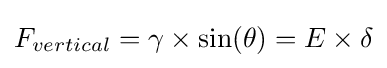
F_{vertical}=\gamma \times \sin(\theta )=E\times \delta